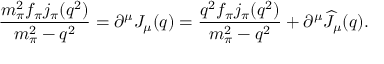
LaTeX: \displaystyle { \frac { m _ { \pi } ^ { 2 } f _ { \pi } j _ { \pi } ( q ^ { 2 } ) } { m _ { \pi } ^ { 2 } - q ^ { 2 } } = \partial ^ { \mu } J _ { \mu } ( q ) = \frac { q ^ { 2 } f _ { \pi } j _ { \pi } ( q ^ { 2 } ) } { m _ { \pi } ^ { 2 } - q ^ { 2 } } + \partial ^ { \mu } \widehat J _ { \mu } ( q ) . }